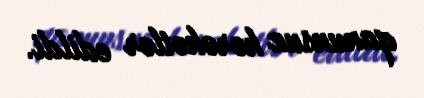
qanunsuz hərəkətlər edildi.